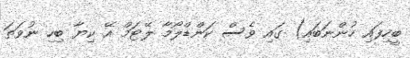
ބީހިފައި ހުންނަބައި) ގައި ވެސް ކަންޑްލޯމާ ލޭޓަމް އޭ ކިޔާ ބިހި ނުވަތަ